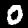
Digit: 0